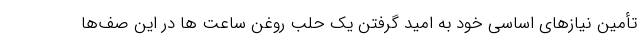
تأمین نیازهای اساسی خود به امید گرفتن یک حلب روغن ساعت ها در این صف‌ها